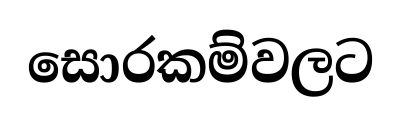
සොරකම්වලට